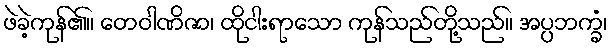
ဖဲခဲ့ကုန်၏။ တေဝါဏိဇာ၊ ထိုငါးရာသော ကုန်သည်တို့သည်။ အပ္ပဘက္ခံ၊